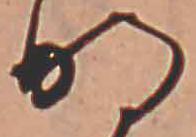
明